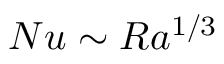
N u \sim R a ^ { 1 / 3 }